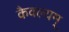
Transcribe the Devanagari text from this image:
कैवल्यम्